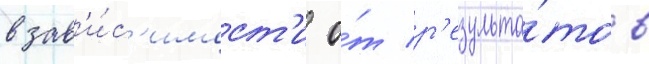
в зав'и́с'имост'и о́т р'езульта́тов